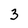
Character: 3